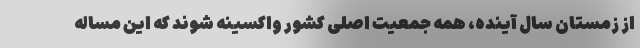
از زمستان سال آینده، همه جمعیت اصلی کشور واکسینه شوند که این مساله